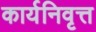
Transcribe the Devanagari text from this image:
कार्यनिवृत्त